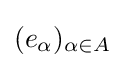
(e_{\alpha })_{\alpha \in A}